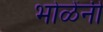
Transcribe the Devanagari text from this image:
भोळेंनी